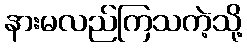
နားမလည်ကြသကဲ့သို့